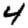
Digit: 4